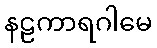
နဠကာရဂါမေ